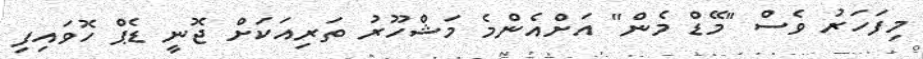
މިފަހަރު ވެސް "މޭޑް މެން" އަށްއެންމެ މަޝްހޫރު ތަރިއަކަށް ޖޮނީ ޑެޕް ހޮވައިފި